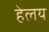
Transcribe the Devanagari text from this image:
हेलय